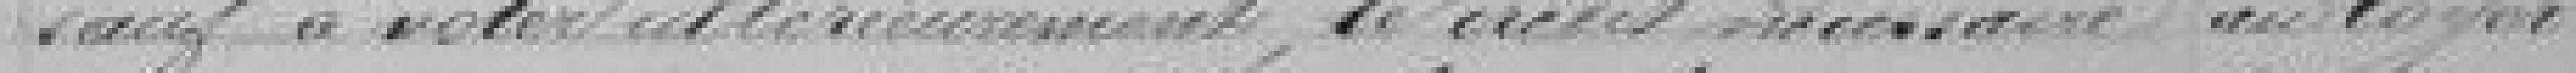
sauf à voter ultérieurement, le crédit nécessaire au loyer